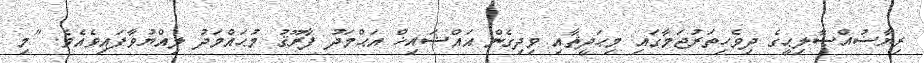
ރިޔާޟުއްޞާލިޙީގެ ދިވެހިތަރުޖަމާގައި މިޙަދީޘާއި ވިދިގެން އައްޝައިޚް އަޙްމަދު ފާރޫޤު މުޙައްމަދު ލިއްޔުވާފައިވެއެވެ. "މި